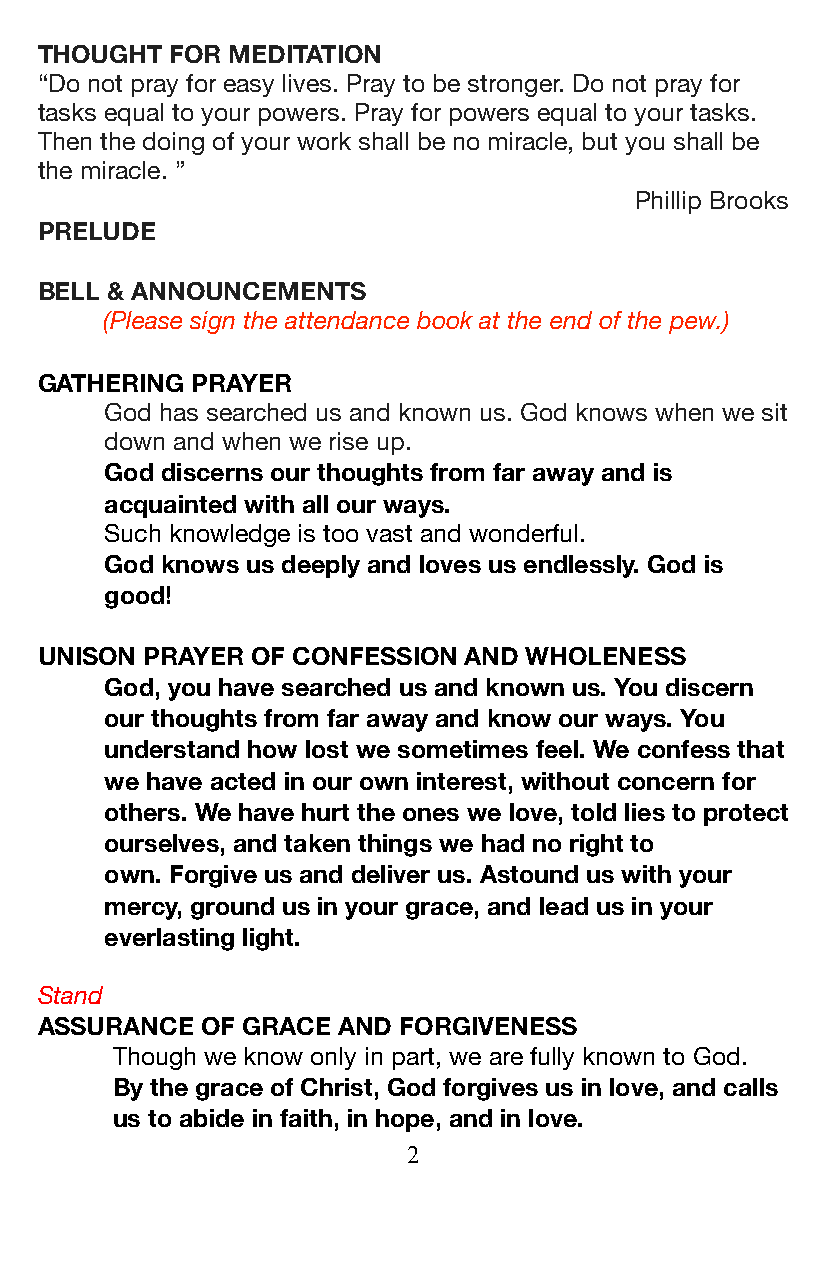
THOUGHT  FOR MEDITATION
 “Do not pray for easy lives. Pray to be stronger. Do not pray for
 tasks equal to your powers. Pray for powers equal to your tasks.
 Then the doing of your work shall be no miracle, but you shall be
 the miracle. ”
 Phillip Brooks
 PRELUDE
 BELL & ANNOUNCEMENTS
 (Please sign the attendance book at the end of the pew.)
 GATHERING  PRAYER
 God has searched us and known us. God knows when we sit
 down and when we rise up.
 God discerns our thoughts from far away and is
 acquainted with all our ways.
 Such knowledge is too vast and wonderful.
 God knows us deeply and loves us endlessly. God is
 good!
 UNISON PRAYER  OF CONFESSION AND WHOLENESS
 God, you have searched us and known us. You discern
 our thoughts from far away and know our ways. You
 understand how lost we sometimes feel. We confess that
 we have acted in our own interest, without concern for
 others. We have hurt the ones we love, told lies to protect
 ourselves, and taken things we had no right to
 own. Forgive us and deliver us. Astound us with your
 mercy, ground us in your grace, and lead us in your
 everlasting light.
 Stand
 ASSURANCE  OF GRACE AND FORGIVENESS
 Though we know only in part, we are fully known to God.
 By the grace of Christ, God forgives us in love, and calls
 us to abide in faith, in hope, and in love.
 2